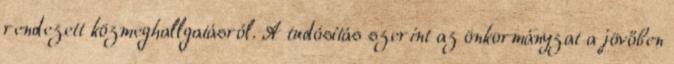
rendezett közmeghallgatásról. A tudósítás szerint az önkormányzat a jövőben